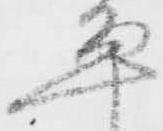
平